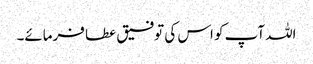
اللہ آپ کو اس کی توفیق عطا فرمائے۔